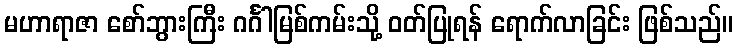
မဟာရာဇာ စော်ဘွားကြီး ဂင်္ဂါမြစ်ကမ်းသို့ ဝတ်ပြုရန် ရောက်လာခြင်း ဖြစ်သည်။